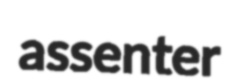
assenter